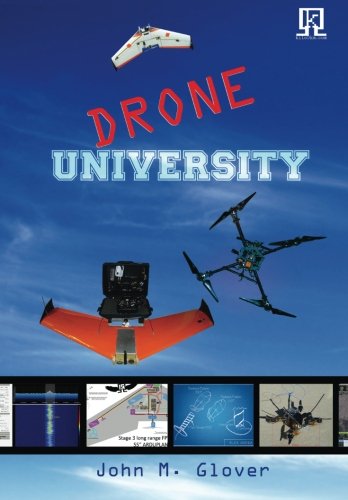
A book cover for Drone University; John M. Glover; Engineering & Transportation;